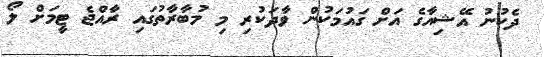
ދެކުނު އޭޝިއާގެ އަށް ގައުމަކުން ވާދަކުރި މި މުބާރާތުގައި ރާއްޖެ ޓީމަށް ލޯ